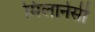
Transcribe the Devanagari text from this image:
मिलानेसी